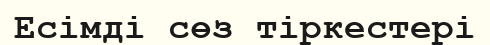
Есімді сөз тіркестері